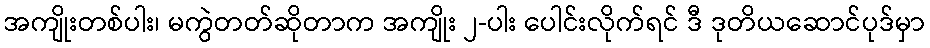
အကျိုးတစ်ပါး၊ မကွဲတတ်ဆိုတာက အကျိုး ၂-ပါး ပေါင်းလိုက်ရင် ဒီ ဒုတိယဆောင်ပုဒ်မှာ